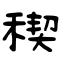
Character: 稧